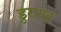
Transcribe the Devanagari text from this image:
डुराण्ट